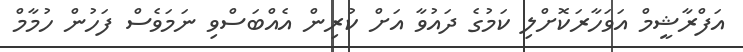
އަފްރާޝީމް އަވަހާރަކޮށްލި ކަމުގެ ދައުވާ އަށް ކުރިން އެއްބަސްވި ނަމަވެސް ފަހުން ހުމާމް